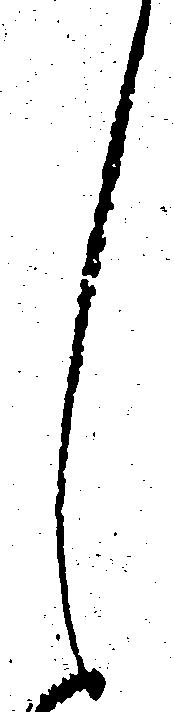
し